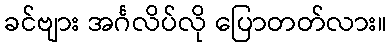
ခင်ဗျား အင်္ဂလိပ်လို ပြောတတ်လား။